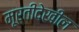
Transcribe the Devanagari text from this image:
मूर्तीदेखील